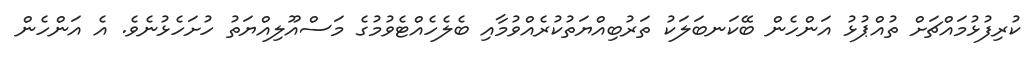
ކުރިފުޅުމައްޗަށް ތުއްޕުޅު އަންހެން ބޭކަނބަލަކު ތަރުބިއްޔަތުކުރެއްވުމާއި ބެލެހެއްޓެވުމުގެ މަސްއޫލިއްޔަތު ހުށަހެޅުނެވެ. އެ އަންހެން